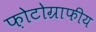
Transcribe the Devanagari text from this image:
फ़ोटोग्राफीय